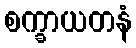
စက္ခာယတနံ